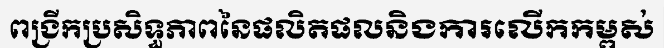
ពង្រីកប្រសិទ្ធភាពនៃផលិតផលនិងការលើកកម្ពស់